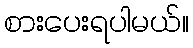
စားပေးရပါမယ်။